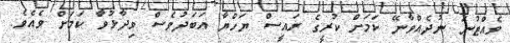
ވެއްޓުނަ ނުދެއްވާނޭ ކަމަށް ކުރީގެ ރައީސް ޔަހްޔާ އަބަދުވެސް ވިދާޅުވާ ކަމަށް ވެއެވެ.